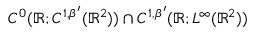
C ^ { 0 } ( \ensuremath { \mathbb { R } } ; C ^ { 1 , \beta ^ { \prime } } ( \ensuremath { \mathbb { R } } ^ { 2 } ) ) \cap C ^ { 1 , \beta ^ { \prime } } ( \ensuremath { \mathbb { R } } ; L ^ { \infty } ( \ensuremath { \mathbb { R } } ^ { 2 } ) )